Annual report of the Punjab Veterinary College and of the Civil Veterinary Department, Punjab - 1920-1925
Year: 1920
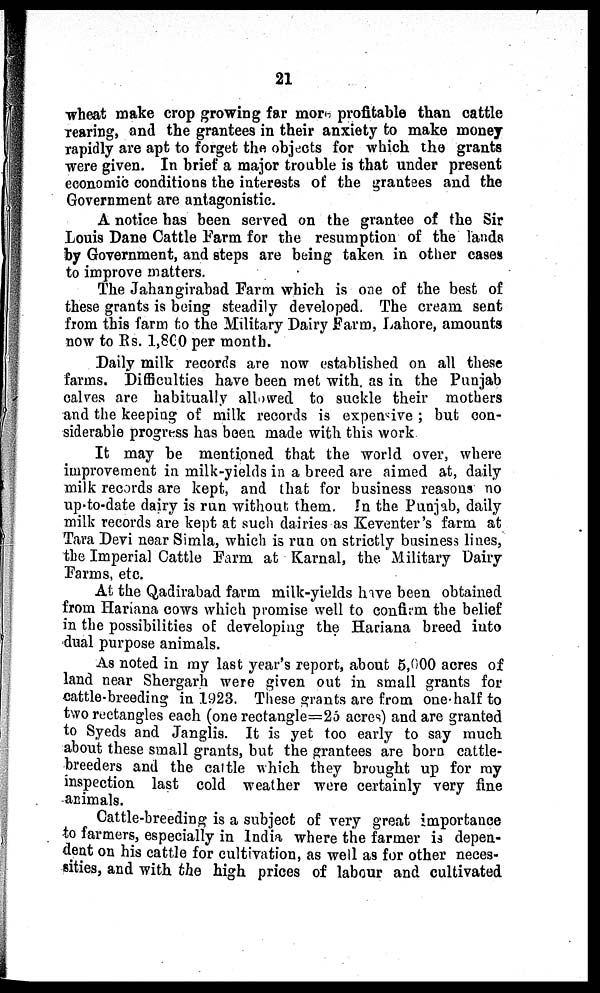
21
wheat make crop growing far more profitable than cattle
rearing, and the grantees in their anxiety to make money
rapidly are apt to forget the objects for which the grants
were given. In brief a major trouble is that under present
economic conditions the interests of the grantees and the
Government are antagonistic.
A notice has been served on the grantee of the Sir
Louis Dane Cattle Farm for the resumption of the lands
by Government, and steps are being taken in other cases
to improve matters.
The Jahangirabad Farm which is one of the best of
these grants is being steadily developed. The cream sent
from this farm to the Military Dairy Farm, Lahore, amounts
now to Rs. 1,800 per month.
Daily milk records are now established on all these
farms. Difficulties have been met with as in the Punjab
calves are habitually allowed to suckle their mothers
and the keeping of milk records is expensive; but con-
siderable progress has been made with this work
It may be mentioned that the world over, where
improvement in milk-yields in a breed are aimed at, daily
milk records are kept, and that for business reasons no
up-to-date dairy is run without them. In the Punjab, daily
milk records are kept at such dairies as Keventer's farm at
Tara Devi near Simla, which is run on strictly business lines,
the Imperial Cattle Farm at Karnal, the Military Dairy
Farms, etc.
At the Qadirabad farm milk-yields have been obtained
from Hariana cows which promise well to confirm the belief
in the possibilities of developing the Hariana breed into
dual purpose animals.
As noted in my last year's report, about 5,000 acres of
land near Shergarh were given out in small grants for
cattle-breeding in 1923. These grants are from one-half to
two rectangles each (one rectangle=25 acres) and are granted
to Syeds and Janglis. It is yet too early to say much
about these small grants, but the grantees are born cattle-
breeders and the cattle which they brought up for my
inspection last cold weather were certainly very fine
animals.
Cattle-breeding is a subject of very great importance
to farmers, especially in India where the farmer is depen-
dent on his cattle for cultivation, as well as for other neces-
sities, and with the high prices of labour and cultivated